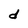
Character: d